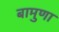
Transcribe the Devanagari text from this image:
बामुणा